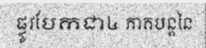
ផ្លូវបែកជា៤ ភាគបន្តនៃ